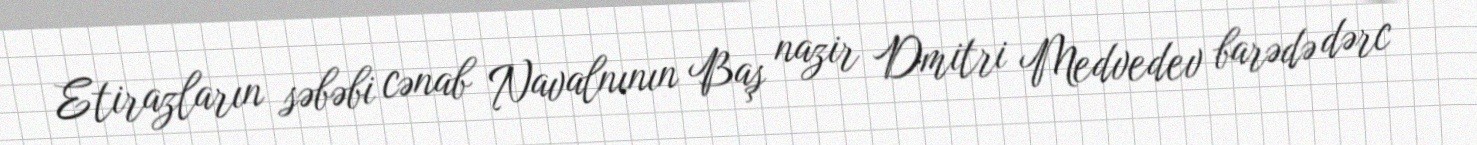
Etirazların səbəbi cənab Navalnının Baş nazir Dmitri Medvedev barədə dərc